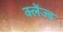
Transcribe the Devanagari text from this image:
क्लेंज्ड